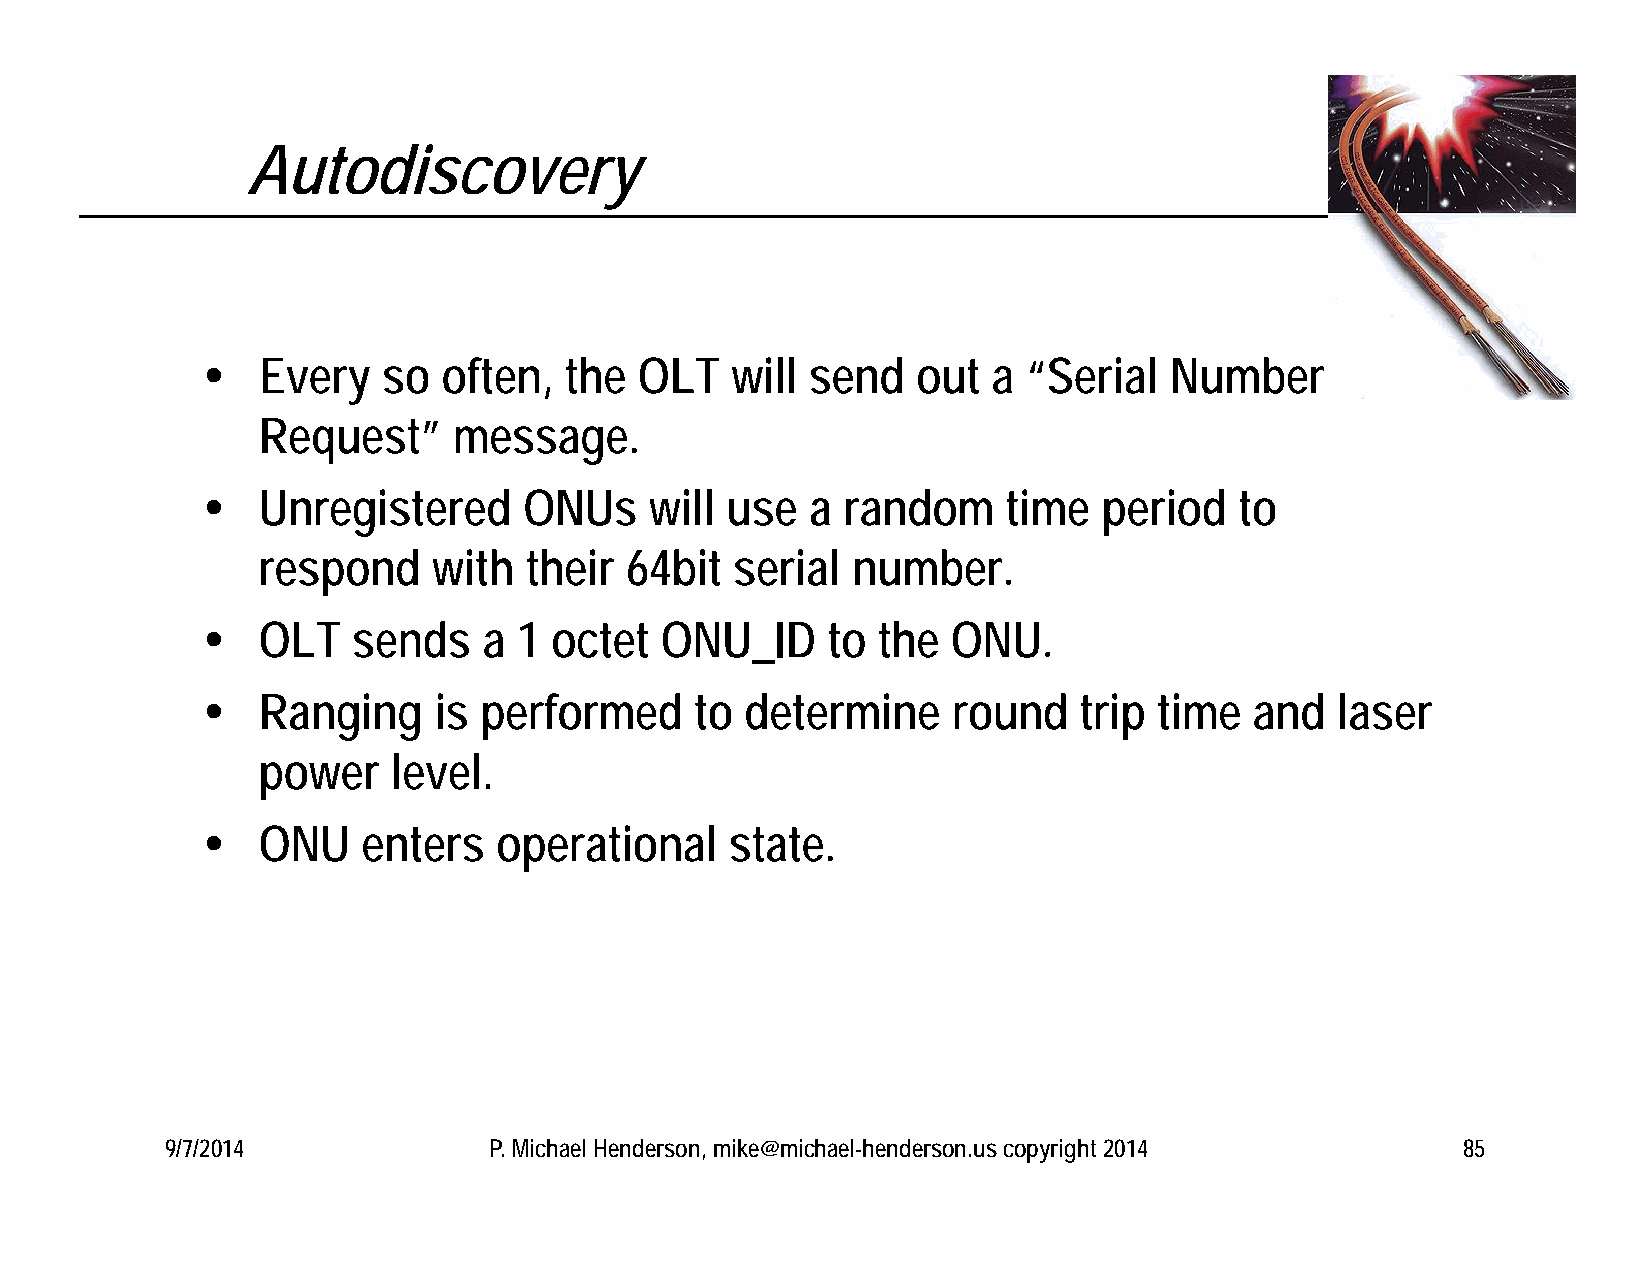
Autodiscovery
    Every   so  often,  the  OLT   will  send   out  a “Serial  Number
 Request”     message.
    Unregistered      ONUs    will use   a random     time  period   to
 respond     with  their 64bit   serial number.
    OLT   sends    a 1 octet   ONU_ID     to the  ONU.
    Ranging     is performed     to determine     round   trip  time  and  laser
 power    level.
    ONU    enters   operational    state.
 9/7/2014             P. Michael Henderson, mike@michael-henderson.us copyright 2014   85